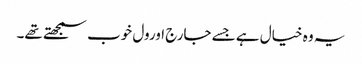
یہ وہ خیال ہے جسے جارج اورول خوب سمجھتے تھے۔